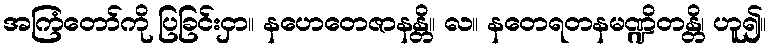
အကြံတော်ကို ပြခြင်းငှာ။ နဟေတေဇာနန္တိ။ လ။ နတေရတနမဏ္ဍိတန္တိ၊ ဟူ၍။